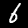
Label: 6